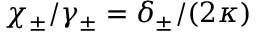
\chi _ { \pm } / \gamma _ { \pm } = \delta _ { \pm } / ( 2 \kappa )